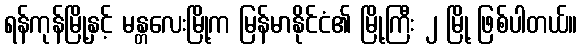
ရန်ကုန်မြို့နှင့် မန္တလေးမြို့က မြန်မာနိုင်ငံ၏ မြို့ကြီး ၂ မြို့ ဖြစ်ပါတယ်။